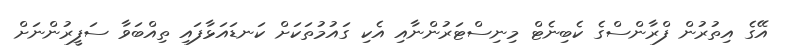
އޭގެ އިތުރުން ފްރާންސްގެ ކެބިނެޓް މިނިސްޓަރުންނާއި އެކި ގައުމުތަކަށް ކަނޑައަޅާފައި ތިއްބަވާ ސަފީރުންނަށް